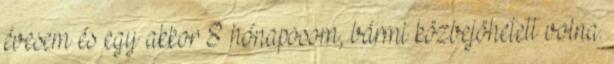
évesem és egy akkor 8 hónaposom, bármi közbejöhetett volna.